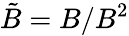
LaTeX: {\tilde{B}}=B/B^{2}